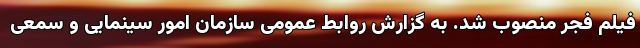
فیلم فجر منصوب شد. به گزارش روابط عمومی سازمان امور سینمایی و سمعی